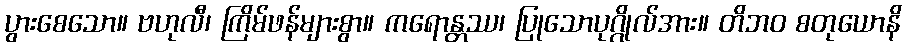
ပွားစေသော။ ဗဟုလီ၊ ကြိမ်ဖန်များစွာ။ ကရောန္တဿ၊ ပြုသောပုဂ္ဂိုလ်အား။ တိဘဝ စတုယောနိ